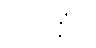
ပြလတ္တံ)။